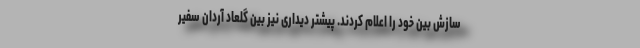
سازش بین خود را اعلام کردند. پیشتر دیداری نیز بین گلعاد آردان سفیر